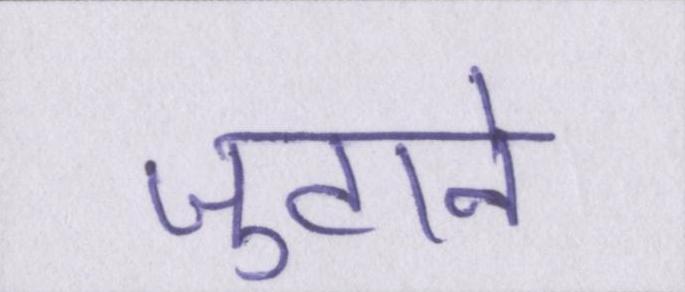
जुटाने